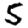
Digit: 5